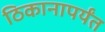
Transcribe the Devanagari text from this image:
ठिकानापर्यंत